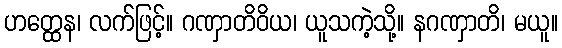
ဟတ္ထေန၊ လက်ဖြင့်။ ဂဏှာတိဝိယ၊ ယူသကဲ့သို့။ နဂဏှာတိ၊ မယူ။